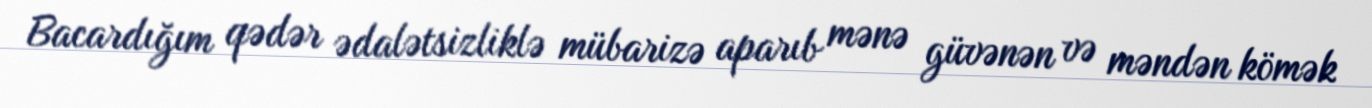
Bacardığım qədər ədalətsizliklə mübarizə aparıb mənə güvənən və məndən kömək